65_HS1-834228961_62-HQ-83894_Section_7
Agency: FBI
Page 108
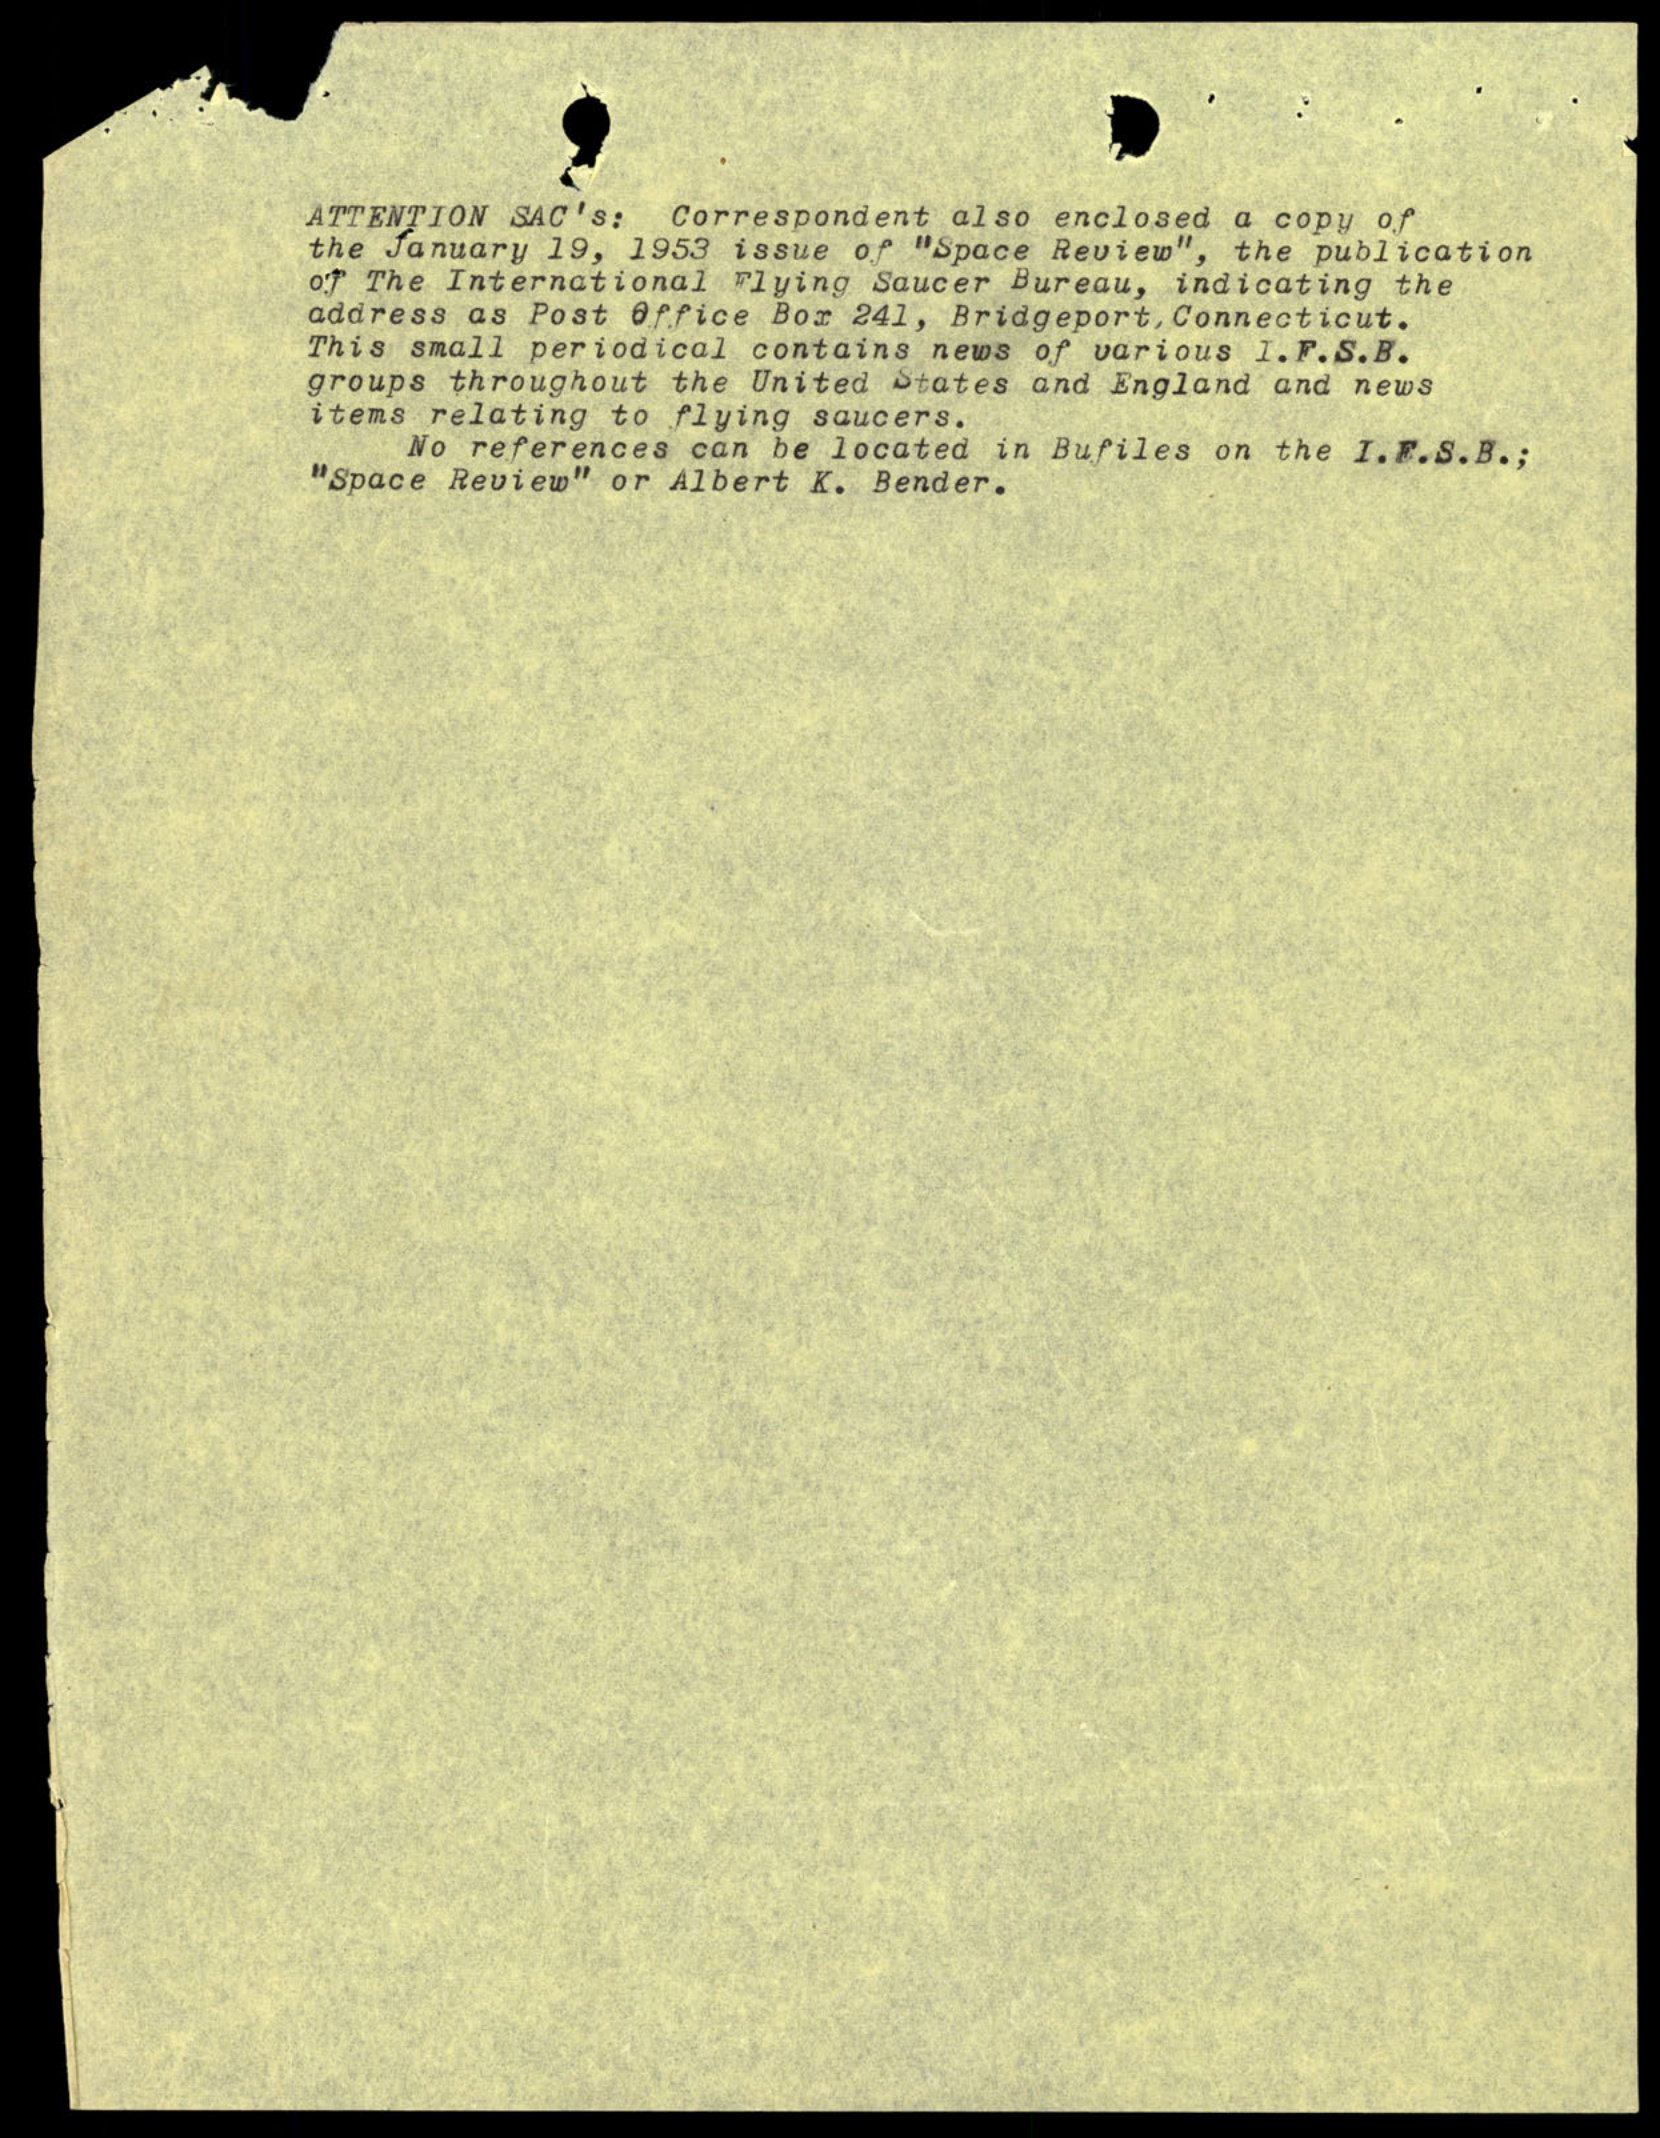